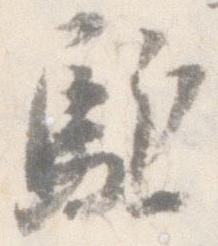
駈